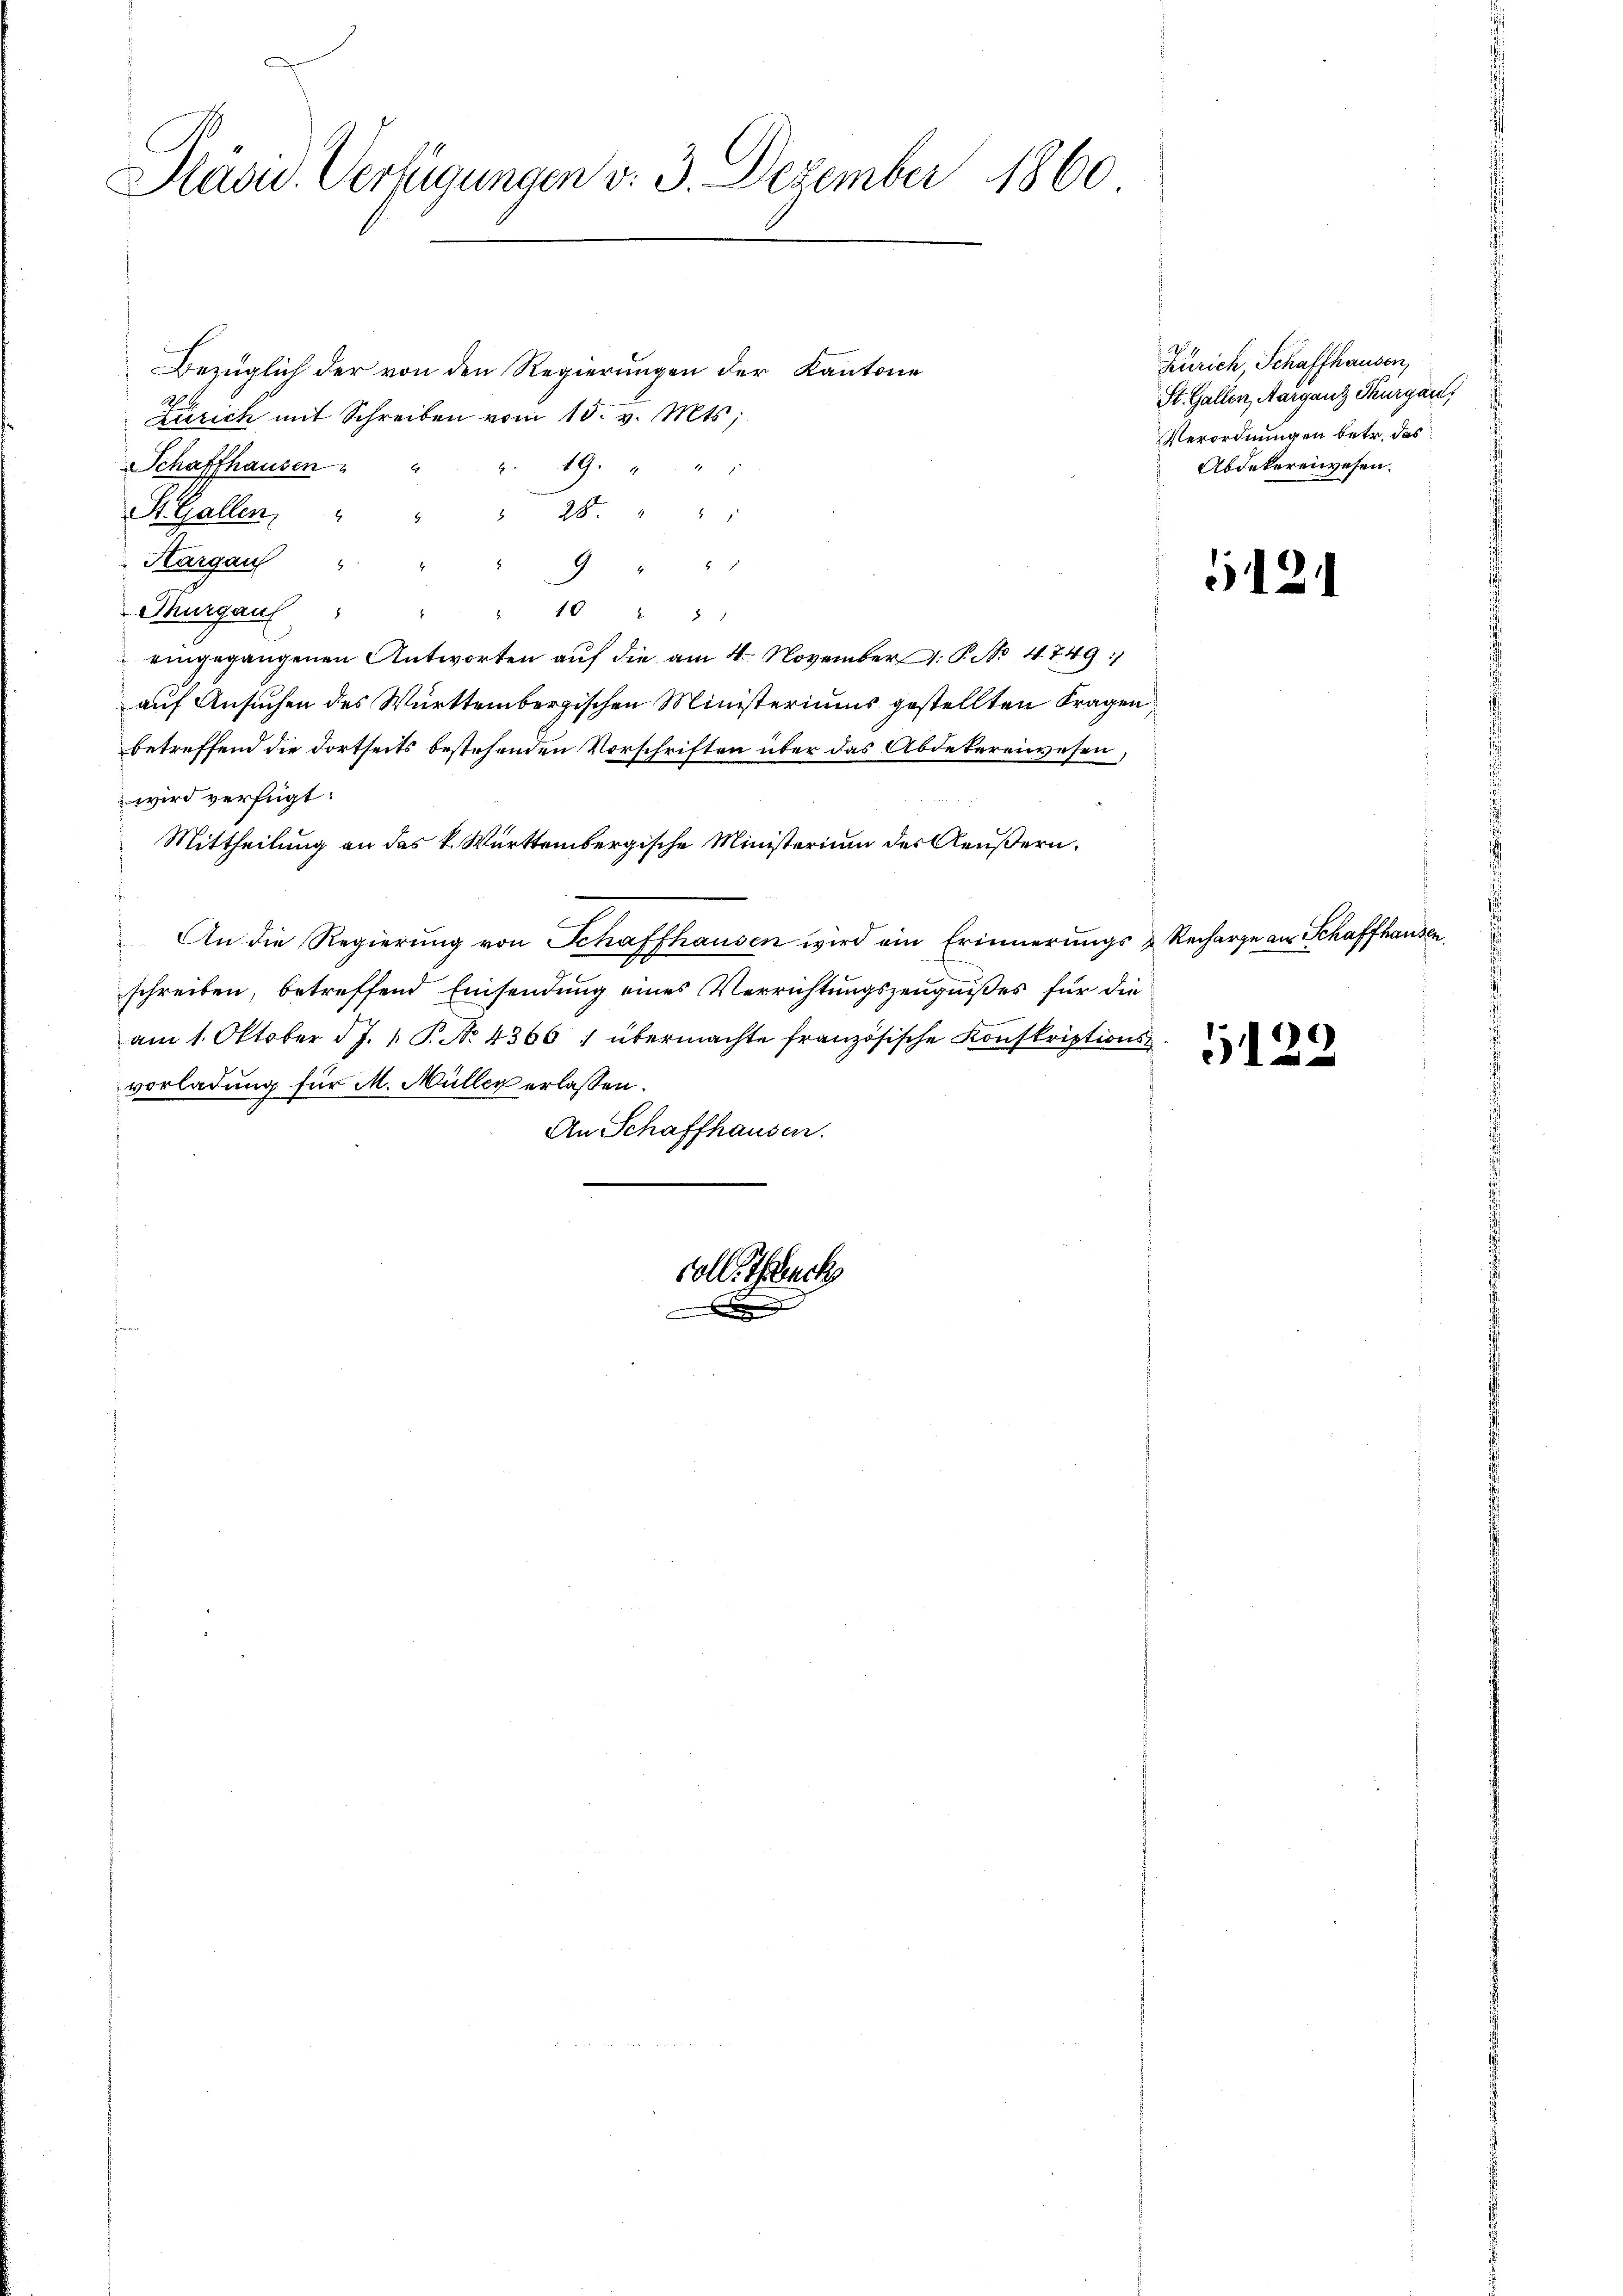
Präsid. Verfügungen v. 3. Dezember 1860

Bezüglich der von den Regierungen der Kantone
A
Zürich mit Schreiben vom 15. v. Mts.
2. 19.
Schaffhausen " "
26. " " 1
St. Gallen,
Kargau "

9
Thurgaus " "
 46 § 2
eingegangenen Antworten auf die am 4. November. P. No 4749)
auf Ansuchen des Württembergischen Ministeriums gestellten Fragen,
betreffend die dortseits bestehenden Vorschriften über das Abdebereiwesen,
wird verfügt:
Mittheilung an das k. Württembergische Ministerium des Aeußern,
An die Regierung von Schaffhausen wird ein Erinnerungs- & Recharge an Schaffhausen,
schreiben, betreffend Einsendung eines Verrichtungszeugnißes für die
am 1. Oktober J. P. N. 4366 ; übermachte französische Konskriptionsvorladung für M. Müller erlassen.
An Schaffhausen.

coll Therech

Zürich Schaffhausen,
St. Gallen, Aarganz Thurgau,
Verordnungen betr. das
Abdekoreiwesen.

G121

1
)

1